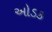
ઓડક